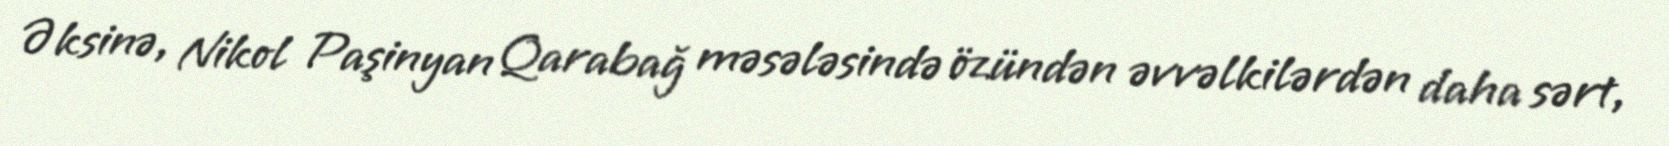
Əksinə, Nikol Paşinyan Qarabağ məsələsində özündən əvvəlkilərdən daha sərt,